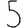
Digit: 5